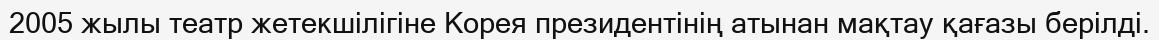
2005 жылы театр жетекшілігіне Корея президентінің атынан мақтау қағазы берілді.